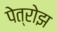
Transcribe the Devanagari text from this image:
पेत्रोझ